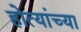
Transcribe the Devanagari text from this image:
होत्यांच्या